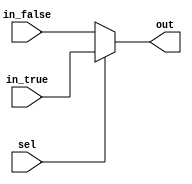
// Masked 2-input MUX (non-sensitive control signal).
`timescale 1ns / 1ps
module MSKmux #(parameter d=1, parameter count=1) (sel, in_true, in_false, out);

(* fv_type = "control" *) input sel;
(* syn_keep="true", keep="true", fv_type = "sharing", fv_latency = 0, fv_count=count *) input  [count*d-1:0] in_true;
(* syn_keep="true", keep="true", fv_type = "sharing", fv_latency = 0, fv_count=count *) input  [count*d-1:0] in_false;
(* syn_keep="true", keep="true", fv_type = "sharing", fv_latency = 0, fv_count=count *) output [count*d-1:0] out;

assign out = sel ? in_true : in_false;

endmodule